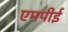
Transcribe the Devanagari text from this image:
एमपीई